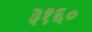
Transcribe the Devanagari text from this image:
३१६०